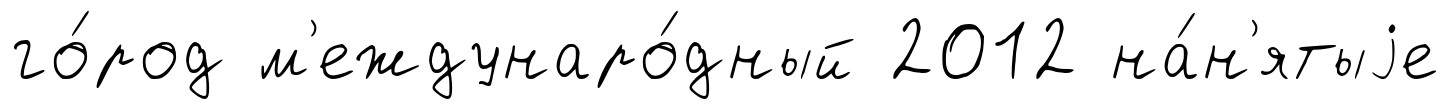
го́род м'еждунаро́дный 2012 на́н'ятыjе